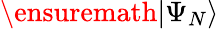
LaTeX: \ensuremath{\vert\Psi_{N}\rangle}